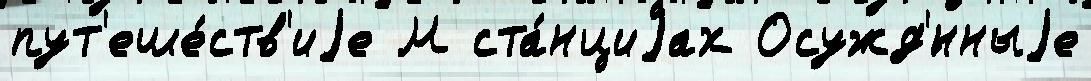
пут'еше́ств'иjе М ста́нциjах Осужд'́нныjе